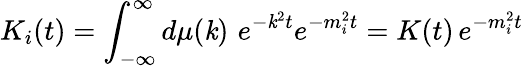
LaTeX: K_{i}(t)=\int_{-\infty}^{\infty}d\mu(\mathit{k})\, \, e^{-\mathit{k}^{2}t}e^{-m_{i}^{2}t}=K(t)\, e^{-m_{i}^{2}t}